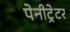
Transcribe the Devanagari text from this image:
पेनीट्रेटर